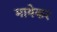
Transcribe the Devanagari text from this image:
मायेकर